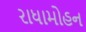
રાધામોહન